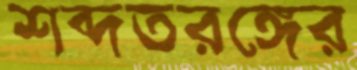
শব্দতরঙ্গের